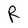
Character: R